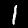
Digit: 1